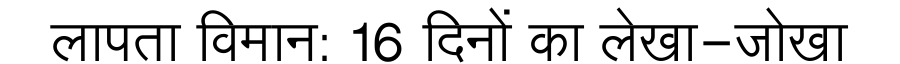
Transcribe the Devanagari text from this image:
लापता विमान: 16 दिनों का लेखा-जोखा